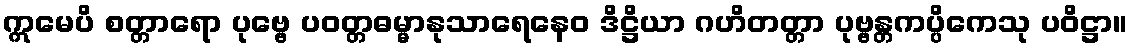
ဣမေပိ စတ္တာရော ပုဗ္ဗေ ပဝတ္တဓမ္မာနုသာရေနေဝ ဒိဋ္ဌိယာ ဂဟိတတ္တာ ပုဗ္ဗန္တကပ္ပိကေသု ပဝိဋ္ဌာ။